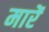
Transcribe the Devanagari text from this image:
मारेंं